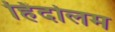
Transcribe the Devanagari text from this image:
हिंदोलम